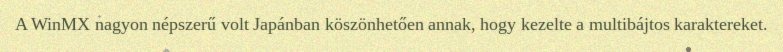
A WinMX nagyon népszerű volt Japánban köszönhetően annak, hogy kezelte a multibájtos karaktereket.